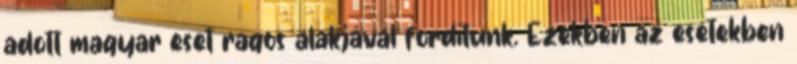
adott magyar eset ragos alakjával fordítunk. Ezekben az esetekben